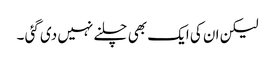
لیکن ان کی ایک بھی چلنے نہیں دی گئی ۔